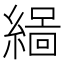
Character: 𮈻